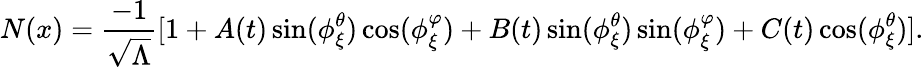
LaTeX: N(x)=\frac{-1}{\sqrt{\Lambda}}[1+A(t)\sin(\phi_{\xi}^{\theta})\cos(\phi_{\xi}^{\varphi})+B(t)\sin(\phi_{\xi}^{\theta})\sin(\phi_{\xi}^{\varphi})+C(t)\cos(\phi_{\xi}^{\theta})].